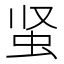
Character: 𰲮